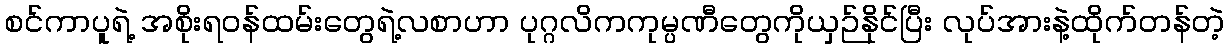
စင်ကာပူရဲ့ အစိုးရဝန်ထမ်းတွေရဲ့လစာဟာ ပုဂ္ဂလိကကုမ္ပဏီတွေကိုယှဉ်နိုင်ပြီး လုပ်အားနဲ့ထိုက်တန်တဲ့